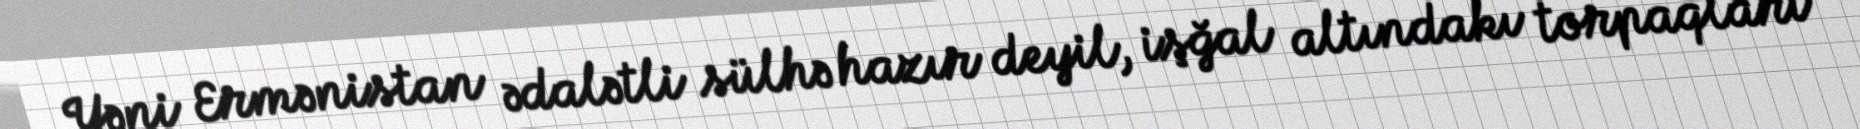
Yəni Ermənistan ədalətli sülhə hazır deyil, işğal altındakı torpaqları